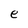
Character: e